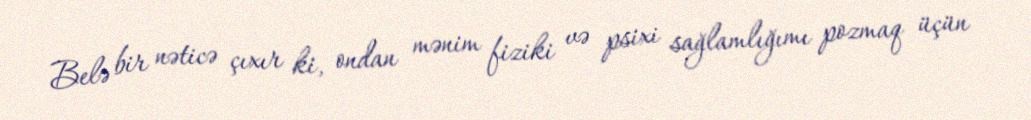
Belə bir nəticə çıxır ki, ondan mənim fiziki və psixi sağlamlığımı pozmaq üçün